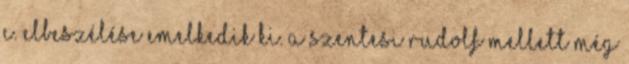
c. elbeszélése emelkedik ki. A Szentesi Rudolf mellett még